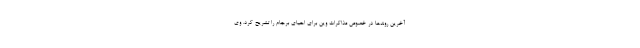
آخرین روندها در خصوص مذاکرات وین برای احیای برجام را تشریح کرد. وی